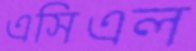
এসিএল